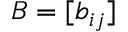
B = [ b _ { i j } ]